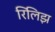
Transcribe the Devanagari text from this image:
रिलिझ